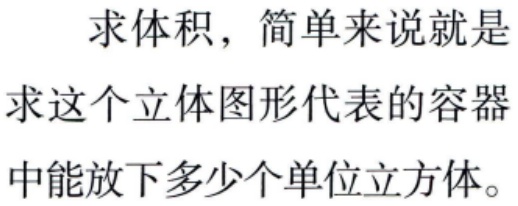
求体积，简单来说就是
求这个立体图形代表的容器
中能放下多少个单位立方体。